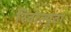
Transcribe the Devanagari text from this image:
रिवोल्यूटा